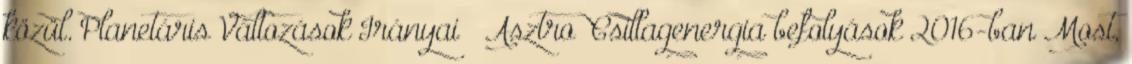
közül. Planetáris Változások Irányai – Asztro Csillagenergia befolyások 2016-ban Most,